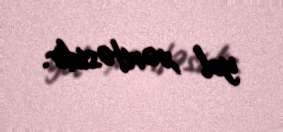
yol xəritəsidir.